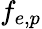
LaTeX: f_{e,p}